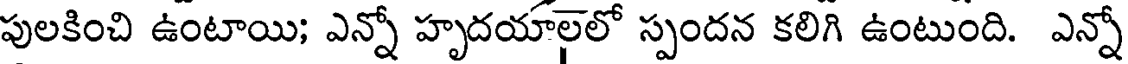
పులకించి ఉంటాయి; ఎన్నో హృదయాలలో స్పందన కలిగి ఉంటుంది. ఎన్నో